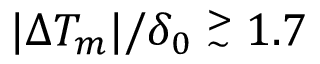
| \Delta T _ { m } | / \delta _ { 0 } \stackrel { > } { _ \sim } 1 . 7